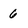
Character: 6